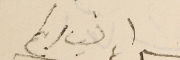
لسيادىكم